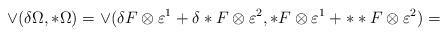
LaTeX: \begin{align*}\vee(\delta \Omega,*\Omega)=\vee (\delta F \otimes\varepsilon^1 +\delta *F \otimes\varepsilon^2,*F\otimes\varepsilon^1+**F\otimes\varepsilon^2)=\end{align*}